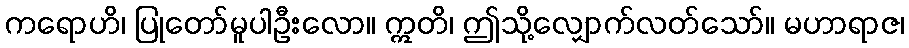
ကရောဟိ၊ ပြုတော်မူပါဦးလော။ ဣတိ၊ ဤသို့လျှောက်လတ်သော်။ မဟာရာဇ၊